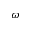
\omega